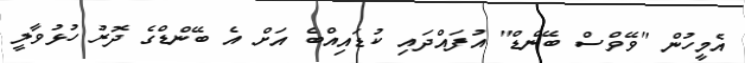
އެމީހުން "ވޭވްސް ބޭންޑް" އުފައްދައި ކުޑައިއްބެ އަށް އެ ބޭންޑްގެ ދޮރު ހުޅުވާލީ